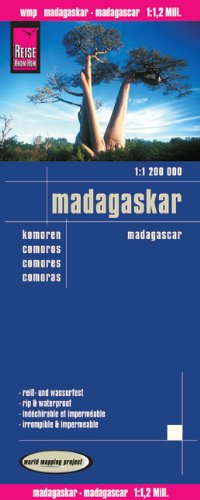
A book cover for Madagascar; Reise Know-How Verlag; Travel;